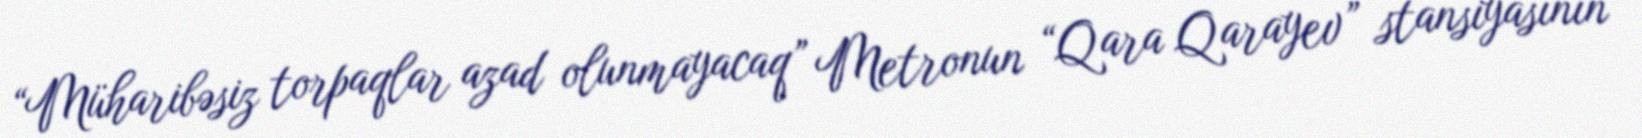
“Müharibəsiz torpaqlar azad olunmayacaq” Metronun “Qara Qarayev” stansiyasının